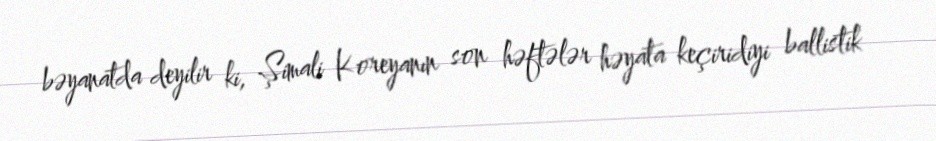
bəyanatda deyilir ki, Şimali Koreyanın son həftələr həyata keçiridiyi ballistik